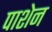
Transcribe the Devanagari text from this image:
पाशेन